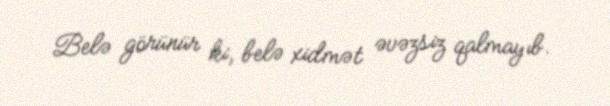
Belə görünür ki, belə xidmət əvəzsiz qalmayıb.